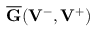
\overline { { { \bf G } } } ( { { \bf V } } ^ { - } , { { \bf V } } ^ { + } )